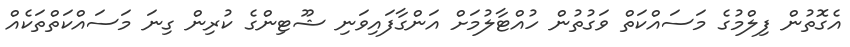
އެގޮތުން ފިލްމުގެ މަސައްކަތް ވަގުތުން ހުއްޓާލުމަށް އަންގާފައިވަނި ޝޫޓިންގެ ކުރިން ގިނަ މަސައްކަތްތަކެއް